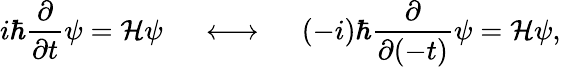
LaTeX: i\hbar\frac{\partial}{\partial t}\psi={\cal H}\psi\ \ \ \ \ \longleftrightarrow\ \ \ \ \ (-i)\hbar\frac{\partial}{\partial(-t)}\psi={\cal H}\psi,